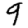
Digit: 9